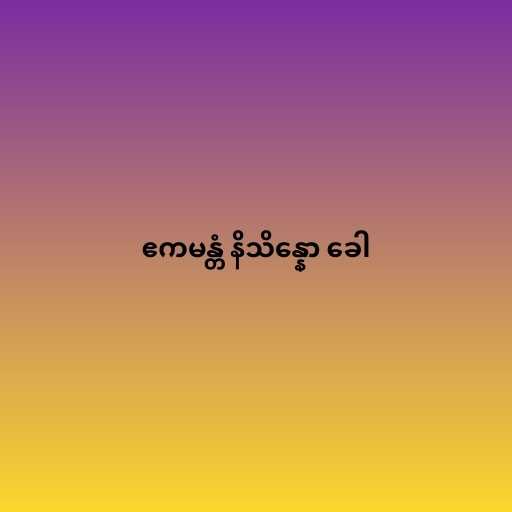
ဧကမန္တံ နိသိန္နော ခေါ